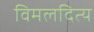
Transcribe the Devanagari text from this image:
विमलदित्य